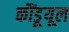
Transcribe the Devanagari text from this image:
कौंडूयूल